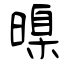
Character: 暞